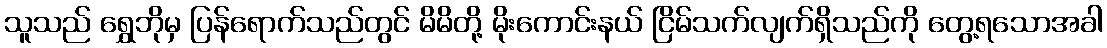
သူသည် ရွှေဘိုမှ ပြန်ရောက်သည်တွင် မိမိတို့ မိုးကောင်းနယ် ငြိမ်သက်လျက်ရှိသည်ကို တွေ့ရသောအခါ